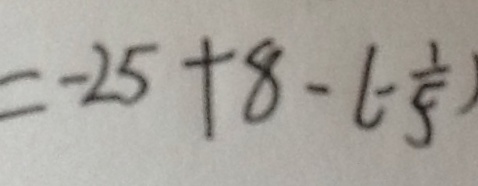
= - 2 5 + 8 - ( - \frac { 1 } { 5 } )